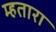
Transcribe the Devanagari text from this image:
म्हतारा